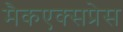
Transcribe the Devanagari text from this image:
मैकएक्सप्रेस